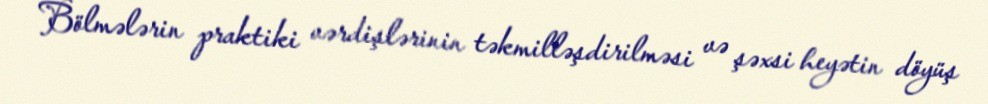
Bölmələrin praktiki vərdişlərinin təkmilləşdirilməsi və şəxsi heyətin döyüş